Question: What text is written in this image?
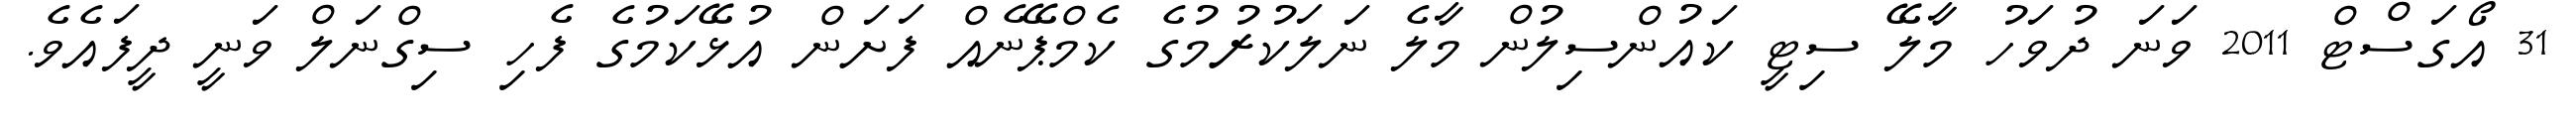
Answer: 31 އޯގަސްޓް 2011 ވަނަ ދުވަހު މާލޭ ސިޓީ ކައުންސިލުން މާލެ ނަލަކުރުމުގެ ކެމްޕޭނެއް ފަށަން އުޅޭކަމުގެ ފެހި ސިގްނަލް ވަނީ ދީފައެވެ.